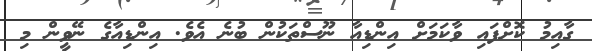
ގާއިމު ކޮށްފައި ވާކަމަށް އިންޑިއާ ނޫސްތަކުން ބުނެ އެވެ. އިންޑިއާގެ ނޭވީން މި